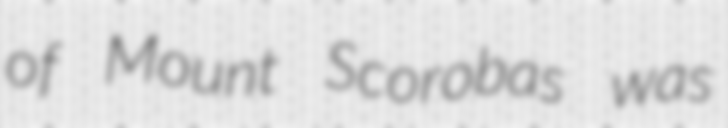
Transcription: of Mount Scorobas was